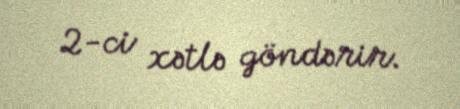
2-ci xətlə göndərir.